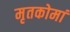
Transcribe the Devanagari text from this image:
मृतकोमां